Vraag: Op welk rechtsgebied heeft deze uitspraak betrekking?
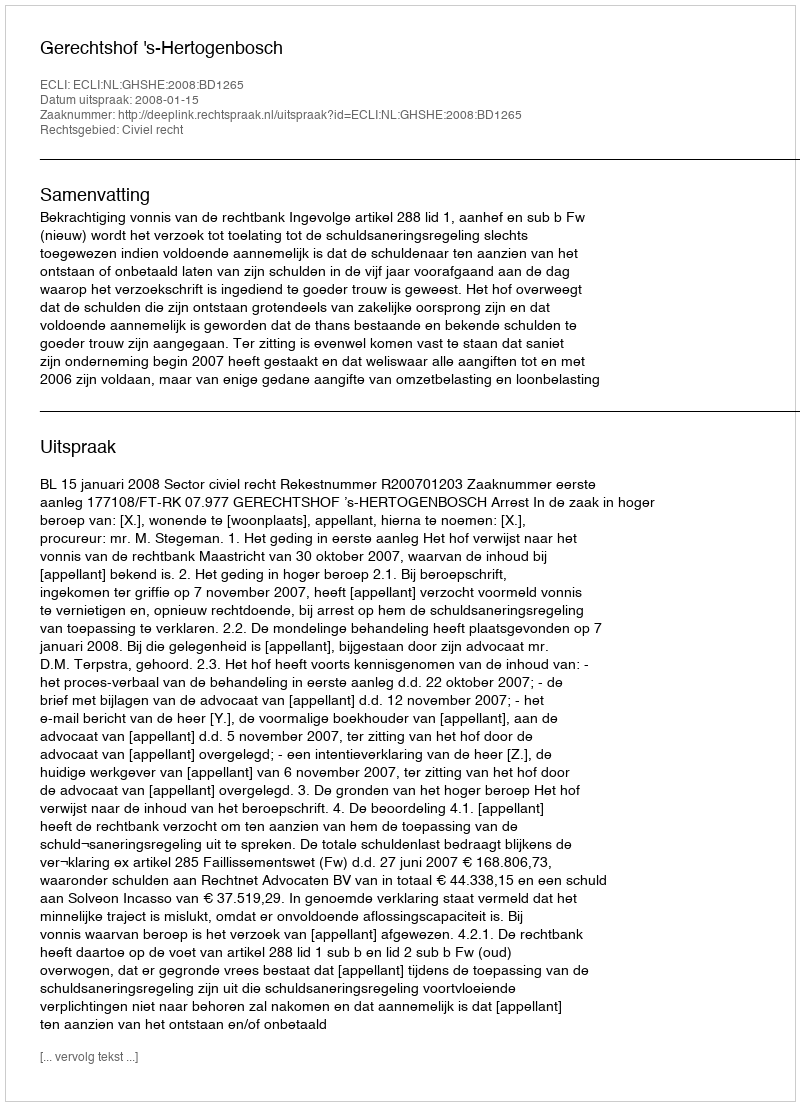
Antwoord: Civiel recht